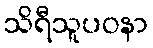
သိရီသူပဝနာ